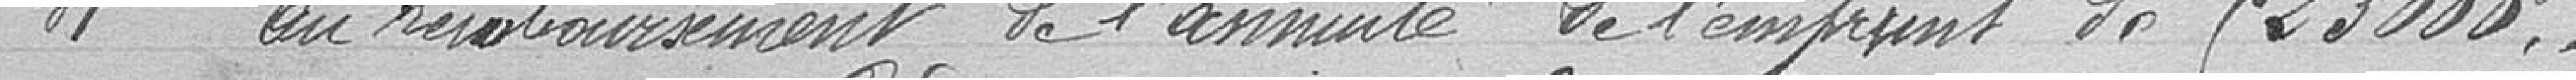
4° au remboursement de l'annuité de l'emprunt de 523000